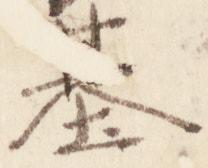
基